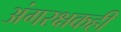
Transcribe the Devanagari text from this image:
अंगरक्षकही